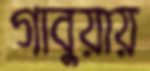
গাবুয়ায়